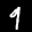
Label: 9